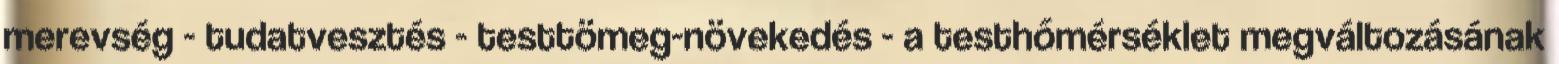
merevség - tudatvesztés - testtömeg-növekedés - a testhőmérséklet megváltozásának